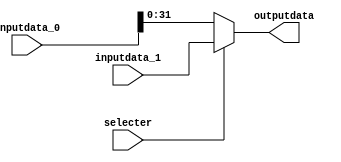
module cpu_regwrite_mux(
input [311:0] inputdata_0 , 
input [31:0] inputdata_1 , 
input selecter ,

output [31:0] outputdata 
);

reg [31:0] outputdata;


always @ (*) begin

if (selecter) begin 
outputdata <= inputdata_1;
end  

else begin 
outputdata <= inputdata_0;
end 

end 


endmodule